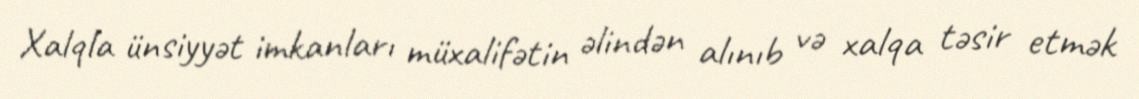
Xalqla ünsiyyət imkanları müxalifətin əlindən alınıb və xalqa təsir etmək